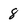
Character: 8